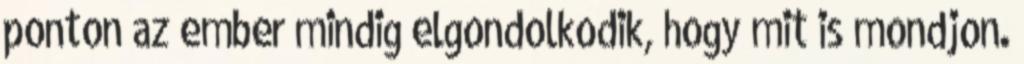
ponton az ember mindig elgondolkodik, hogy mit is mondjon.